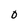
Character: O